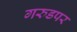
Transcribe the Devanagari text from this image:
गरुडपर